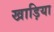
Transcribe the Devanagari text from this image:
खाड़िया